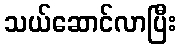
သယ်ဆောင်လာပြီး